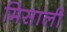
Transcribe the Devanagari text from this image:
मिसाली